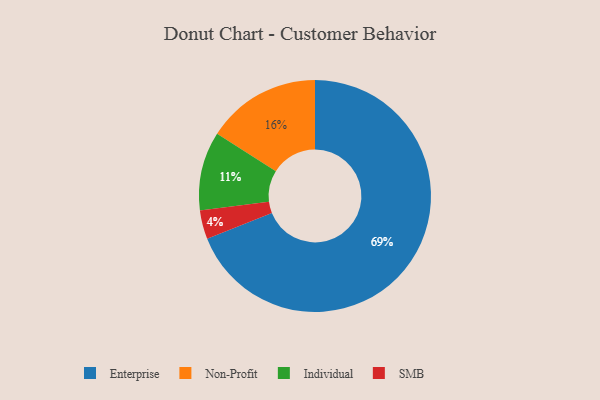
{"axis": {"x": "Category", "y": "Percentage"}, "legend": ["Enterprise", "Individual", "Non-Profit", "SMB"], "data": [{"x": "SMB", "y": 4, "type": "SMB"}, {"x": "Individual", "y": 11, "type": "Individual"}, {"x": "Non-Profit", "y": 16, "type": "Non-Profit"}, {"x": "Enterprise", "y": 69, "type": "Enterprise"}]}